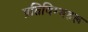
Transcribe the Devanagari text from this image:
प्रतिविम्‍बहरू